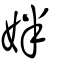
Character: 姅